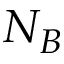
N _ { B }